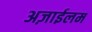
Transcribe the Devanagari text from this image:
अज़ाईलम